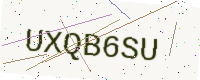
Text: UXQB6SU